Veterinary regulations India, 1935 -
Year: 1935
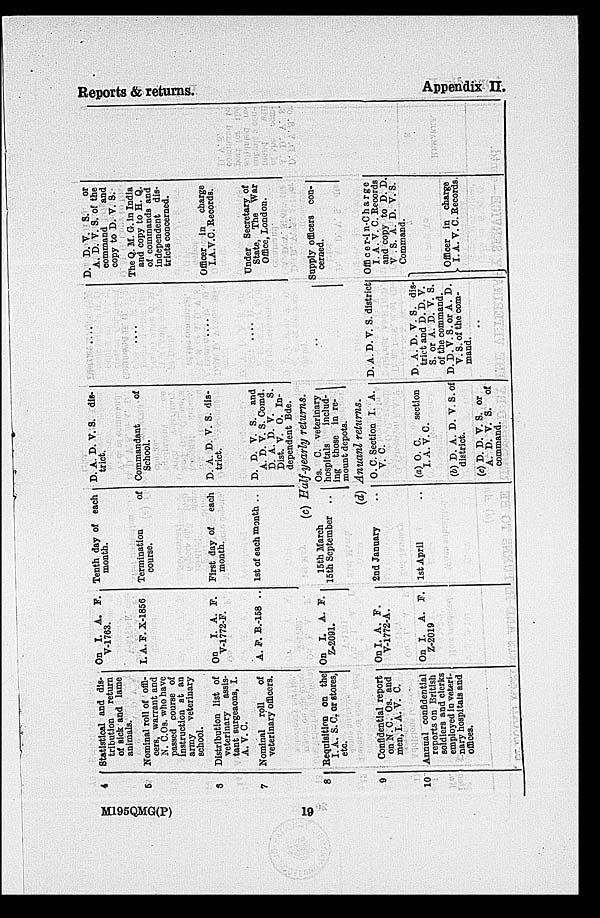
Reports & returns.
Appendix II.
4
5
6
7
Statistical and dis-
tribution return
of sick and lame
animals.
Nominal roll of offi-
cers, warrant and
N.C.Os. who have
passed course of
Instruction at an
army veterinary
school.
Distribution list of
veterinary assis-
tant surgeaons, I.
A. V. C.
Nominal roll
of
veterinary officers.
On I. A. F.
V-1763.
I. A. F. X-1856
On I. A. F.
V-1772-F.
A. F. B.-158 ..
Tenth day of each
month.
Termination
of
course.
First day of
each
month.
1st of each month ..
D. A. D. V. S. dis-
trict.
Commandant
of
School.
D. A. D. V. S. dis-
trict.
D. D. V. S. and
A. D. V. S. Comd.
D. A. D. V.
S.
Dist. V. O. In-
dependent Bde.
....
....
....
....
D. D. V. S.
or
A. D. V. S. of the
command
and
copy to D. V. S.
The Q. M. G. in India
and copy to H. Q.
of commands and
independent dis-
tricts concerned.
Officer in charge
I.A.V.C. Records.
Under Secretary of
State, The War
Office, London.
(c) Half-yearly returns.
8
9
10
Requisition on the
I. A. S. C. or stores,
etc.
Confidential report
on N. C. Os. and
men, I. A. V. C.
Annual confidential
reports on British
soldiers and clerks
employed in veteri-
nary hospitals and
offices.
On I. A. F.
Z-2091.
On I. A. F.
Y-1772-A.
On I. A. F.
Z-2019
15th March
.
15th September ..
Os. C. veterinary
hospitals
includ-
ing those in re-
mount depots.
(d) Anuanl returns.
2nd January ..
1st April ..
O. C. Section I. A.
V. C.
(a) O. C.
section
I. A. V. C.
(b) D. A. D. V. S. of
district.
(c) D. D. V. S. or
A. D. V. S. of
command.
..
D. A. D. V. S. district
D. A. D. V. S. dis-
trict and D. D. V.
S. or A. D. V. S.
of the command.
D. D. V. S. or A. D.
V. S. of the com-
mand.
Supply officers con-
cerned.
Officer-in-Charge
1. A. V. C. Records
and copy to D. D.
V. S. A. D. V. S.
Command.
Officer in charge
I. A. V. C. Records,
M195QMG(P)
19